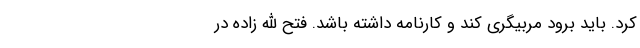
کرد. باید برود مربیگری کند و کارنامه داشته باشد. فتح الله زاده در